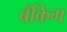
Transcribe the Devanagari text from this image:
बँकिग